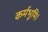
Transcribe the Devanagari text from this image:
कर्मभूमि।